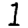
Digit: 1